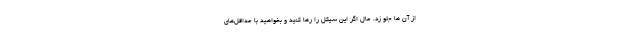
از آن ها جلو زد. حال اگر این سیکل را رها کنید و بخواهید با حداقل‌های